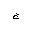
Letter: _gim